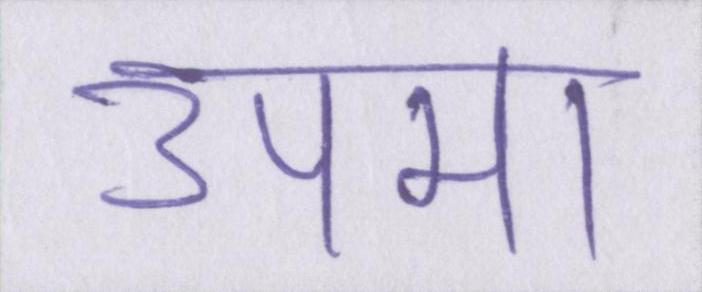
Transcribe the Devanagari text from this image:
उपमा